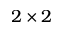
2 \times 2